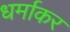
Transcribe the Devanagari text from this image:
धर्माकर